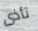
تأذى